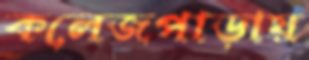
কলেজপাড়ায়